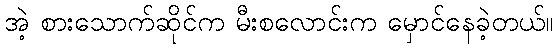
အဲ့ စားသောက်ဆိုင်က မီးစလောင်းက မှောင်နေခဲ့တယ်။